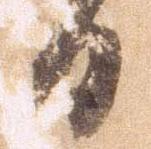
日